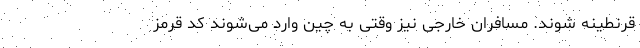
قرنطینه شوند. مسافران خارجی نیز وقتی به چین وارد می‌شوند کد قرمز